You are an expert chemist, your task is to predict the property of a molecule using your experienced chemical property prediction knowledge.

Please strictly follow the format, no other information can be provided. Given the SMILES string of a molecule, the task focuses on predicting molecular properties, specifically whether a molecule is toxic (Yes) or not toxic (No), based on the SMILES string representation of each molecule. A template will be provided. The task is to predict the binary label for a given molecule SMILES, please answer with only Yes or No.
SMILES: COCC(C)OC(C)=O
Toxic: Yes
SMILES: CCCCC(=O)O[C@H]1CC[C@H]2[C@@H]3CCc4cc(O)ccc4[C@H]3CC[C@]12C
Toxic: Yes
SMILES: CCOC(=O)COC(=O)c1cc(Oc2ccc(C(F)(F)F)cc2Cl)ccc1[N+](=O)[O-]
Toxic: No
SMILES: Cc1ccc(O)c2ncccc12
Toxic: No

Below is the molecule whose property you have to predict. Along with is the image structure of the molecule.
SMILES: CN(C)CCN(Cc1cccs1)c1ccccn1.CN(C)CCN(Cc1cccs1)c1ccccn1
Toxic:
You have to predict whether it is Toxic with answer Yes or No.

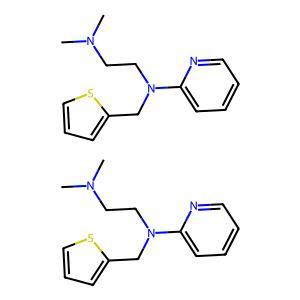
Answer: No